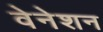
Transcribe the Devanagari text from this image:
वेनेशन